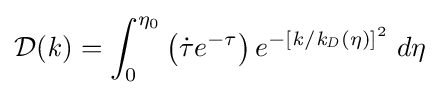
{\mathcal {D}}({\mathit {k}})=\int _{0}^{\eta _{0}}\left({\dot {\tau }}e^{-\tau }\right)e^{-[{\mathit {k}}/{{\mathit {k}}_{\mathit {D}}(\eta )}]^{2}}\;d\eta